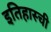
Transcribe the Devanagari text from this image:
इतिहास्ची